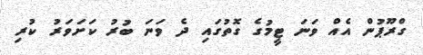
ގްރޫޕުން އެއް ވަނަ ޓީމުގެ ގޮތުގައި ދެ ވަނަ ބުރު ކަށަވަރު ކުރި